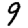
Digit: 9